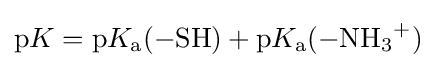
\mathrm {p} K=\mathrm {p} K_{\mathrm {a} }{\ce {(-SH)}}+\mathrm {p} K_{\mathrm {a} }{\ce {(-NH3+)}}